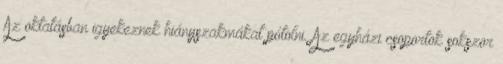
Az oktatásban igyekeznek hiányszakmákat pótolni. Az egyházi csoportok sokszor